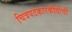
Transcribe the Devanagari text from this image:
चित्रपटकारकीर्दीची